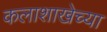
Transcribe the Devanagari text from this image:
कलाशाखेच्या